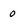
Character: 0